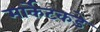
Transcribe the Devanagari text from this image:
मार्केटकडे